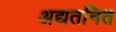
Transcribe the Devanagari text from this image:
अद्यतनित